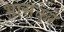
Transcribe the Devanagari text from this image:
भ़ासकर